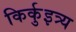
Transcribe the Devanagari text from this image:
किर्कुइत्र्य